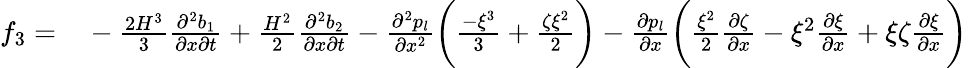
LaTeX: \begin{array}{rl}{f_{3}=}&{{}-\frac{2H^{3}}{3}\frac{\partial^{2}b_{1}}{\partial x\partial t}+\frac{H^{2}}{2}\frac{\partial^{2}b_{2}}{\partial x\partial t}-\frac{\partial^{2}p_{l}}{\partial x^{2}}\bigg(\frac{-\xi^{3}}{3}+\frac{\zeta\xi^{2}}{2}\bigg)-\frac{\partial p_{l}}{\partial x}\bigg(\frac{\xi^{2}}{2}\frac{\partial\zeta}{\partial x}-\xi^{2}\frac{\partial\xi}{\partial x}+\xi\zeta\frac{\partial\xi}{\partial x}\bigg)}\end{array}